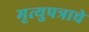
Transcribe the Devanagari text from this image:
मृत्युपत्राचे